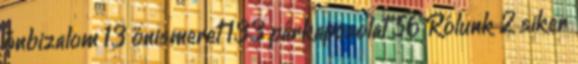
önbizalom 13 önismeret 133 párkapcsolat 56 Rólunk 2 siker